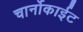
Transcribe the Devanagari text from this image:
चार्नोकाईट